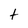
Character: t